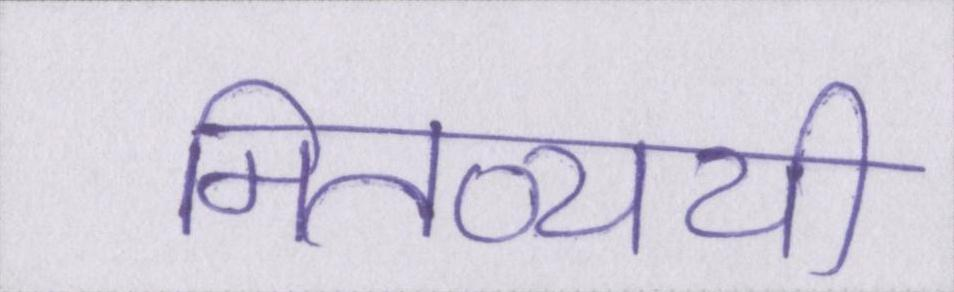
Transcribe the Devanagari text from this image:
मितव्ययी